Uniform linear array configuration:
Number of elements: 64
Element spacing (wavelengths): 0.75
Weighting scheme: kaiser
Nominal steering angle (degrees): -45
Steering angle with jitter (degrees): -45.155
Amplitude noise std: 0.05
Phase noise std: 0.05

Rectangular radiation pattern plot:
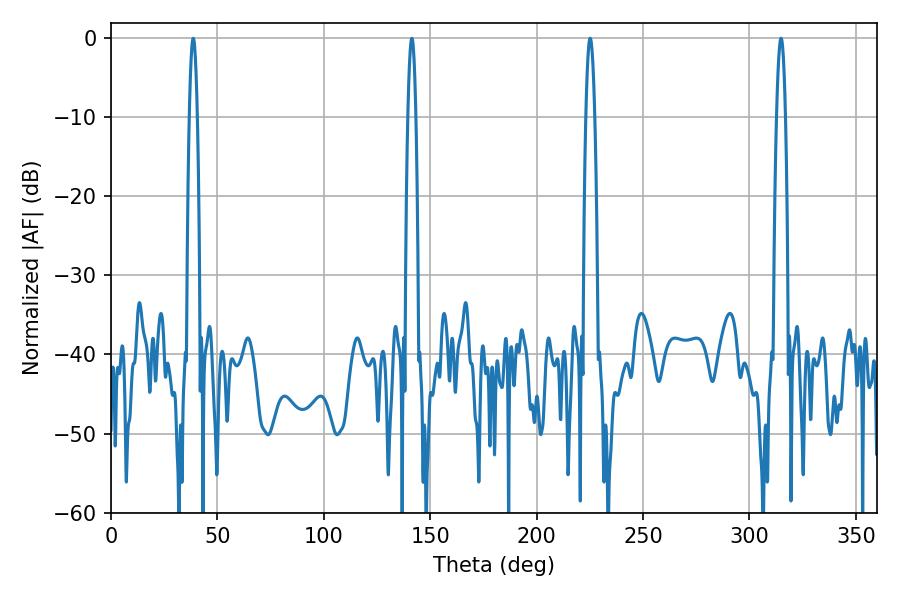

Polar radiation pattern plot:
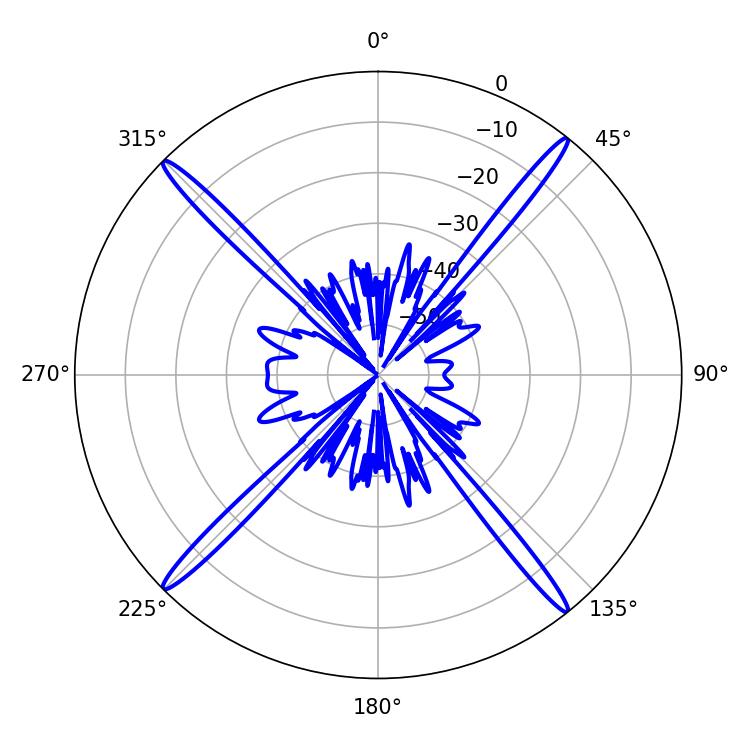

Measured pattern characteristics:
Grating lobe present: TRUE
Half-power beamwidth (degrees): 2.16
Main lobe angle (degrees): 314.82